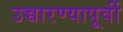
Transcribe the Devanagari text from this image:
उच्चारण्यापूर्वी